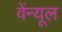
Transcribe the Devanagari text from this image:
वेंन्यूल